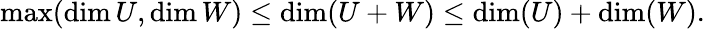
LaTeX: \operatorname*{max}(\dim U,\dim W)\leq\dim(U+W)\leq\dim(U)+\dim(W).